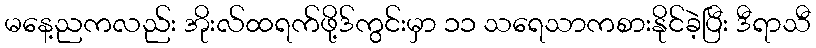
မနေ့ညကလည်း အိုးလ်ထရက်ဖို့ဒ်ကွင်းမှာ ၁၁ သရေသာကစားနိုင်ခဲ့ပြီး ဒီရာသီ